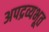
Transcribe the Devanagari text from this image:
अपद्रव्यभूत